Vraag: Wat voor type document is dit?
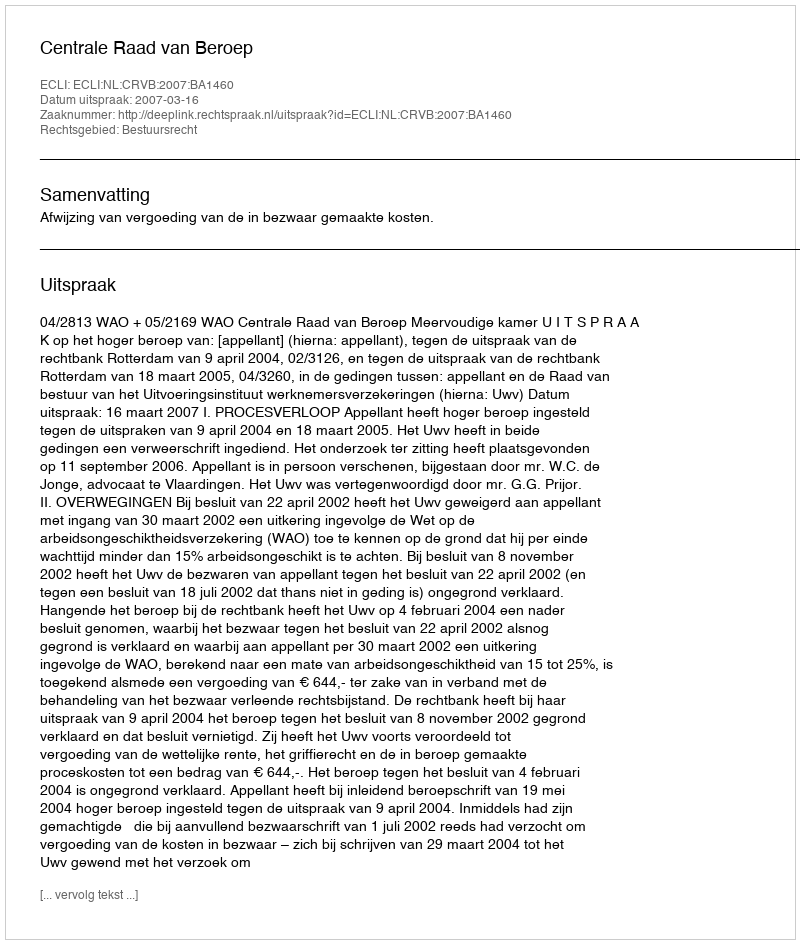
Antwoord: Uitspraak